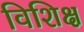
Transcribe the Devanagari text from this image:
विशिक्ष